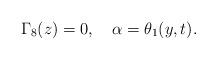
LaTeX: \begin{align*}\Gamma_{8}(z)=0,\ \ \ \alpha=\theta_{1}(y,t). \end{align*}